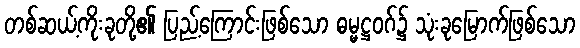
တစ်ဆယ့်ကိုးခုတို့၏ ပြည့်ကြောင်းဖြစ်သော ဓမ္မဋ္ဌဝဂ်၌ သုံးခုမြောက်ဖြစ်သော